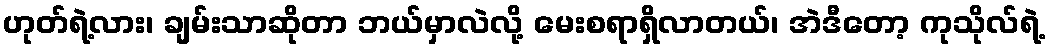
ဟုတ်ရဲ့လား၊ ချမ်းသာဆိုတာ ဘယ်မှာလဲလို့ မေးစရာရှိလာတယ်၊ အဲဒီတော့ ကုသိုလ်ရဲ့